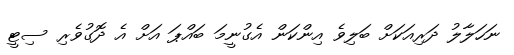
ނަހަލާލު ދަރިއަކަށް ބަލިވެ އިންކަން އެގުނީމަ ބައްޕަ އަށް އެ ދޮގުވެރި ސިޓީ